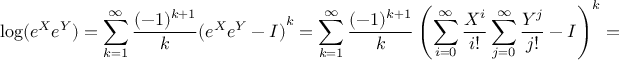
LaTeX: \log ( e ^ { X } e ^ { Y } ) = \sum _ { k = 1 } ^ { \infty } { \frac { ( - 1 ) ^ { k + 1 } } { k } } { ( e ^ { X } e ^ { Y } - I ) } ^ { k } = \sum _ { k = 1 } ^ { \infty } { \frac { ( - 1 ) ^ { k + 1 } } { k } } \left( { \sum _ { i = 0 } ^ { \infty } { \frac { X ^ { i } } { i ! } } \sum _ { j = 0 } ^ { \infty } { \frac { Y ^ { j } } { j ! } } - I } \right) ^ { k } = \sum _ { k = 1 } ^ { \infty } { \frac { ( - 1 ) ^ { k + 1 } } { k } } \left( \sum _ { i , j \geq 0 , i + j > 1 } ^ { \infty } { \frac { X ^ { i } Y ^ { j } } { i ! j ! } } \right) ^ { k } .